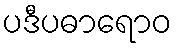
ပဒီပဓာရောဝ